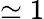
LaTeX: \simeq 1